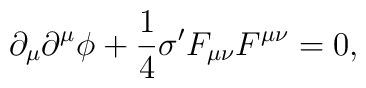
\partial_{\mu } \partial^{\mu } \phi + \frac{1}{4} \sigma' F_{\mu \nu } F^{\mu \nu}=0,